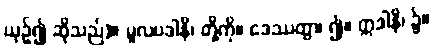
ယှဉ်၍ ဆိုသည်)။ မူလပဒါနိ၊ တို့ကို။ ဒေဿတွာ၊ ၍။ ဣဒါနိ၊ ၌။